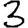
Digit: 3